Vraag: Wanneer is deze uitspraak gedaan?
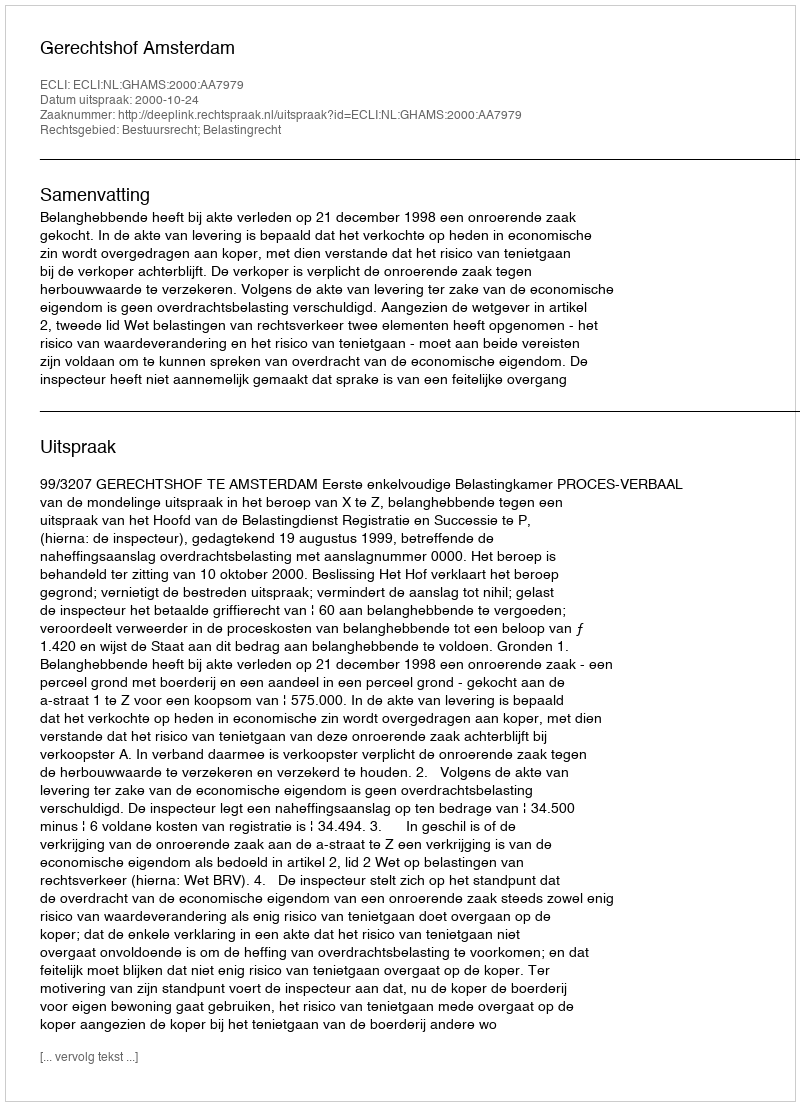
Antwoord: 2000-10-24